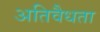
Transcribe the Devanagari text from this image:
अतिवैधता